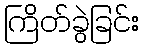
ကြိတ်ခွဲခြင်း